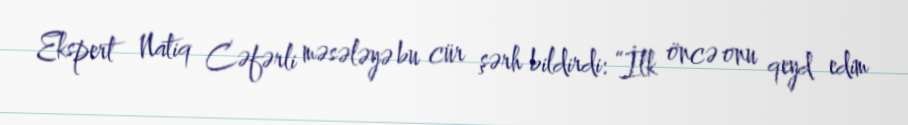
Ekspert Natiq Cəfərli məsələyə bu cür şərh bildirdi: “İlk öncə onu qeyd edim